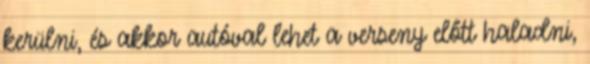
kerülni, és akkor autóval lehet a verseny előtt haladni,